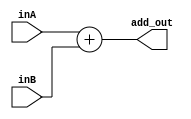
module ALU_add_only (inA, inB, add_out);
	input [31:0] inA, inB;
	output [31:0] add_out;
	assign add_out=inA+inB;
endmodule